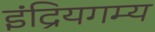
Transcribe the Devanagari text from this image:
इंद्रियगम्य